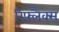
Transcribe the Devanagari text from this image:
रिफ्लैक्स